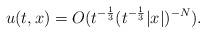
LaTeX: \begin{align*}u(t,x)=O(t^{-\frac{1}{3}}(t^{-\frac{1}{3}}|x|)^{-N}).\end{align*}